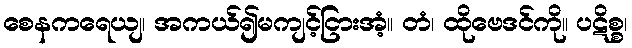
စေနကရေယျ၊ အကယ်၍မကျင့်ငြားအံ့။ တံ၊ ထိုဗေဒင်ကို။ ပဋိစ္စ၊